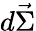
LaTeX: d\vec{\Sigma}